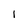
Character: I